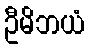
ဦမိဘယံ